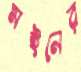
মইনের